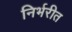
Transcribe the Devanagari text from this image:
निर्भरीत